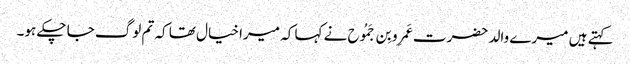
کہتے ہیں میرے والد حضرت عَمرِو بِن جَمُوح نے کہا کہ میرا خیال تھا کہ تم لوگ جا چکے ہو۔